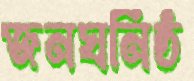
জনঘনিষ্ঠ